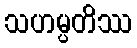
သဟမ္ပတိဿ